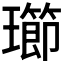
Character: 𱯽